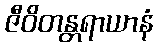
ဇီဝိတန္တရာယာနံ